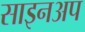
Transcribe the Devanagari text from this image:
साइनअप